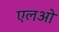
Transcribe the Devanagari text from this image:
एलओ